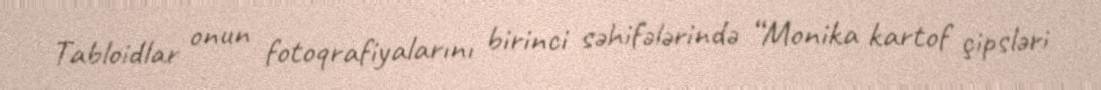
Tabloidlar onun fotoqrafiyalarını birinci səhifələrində “Monika kartof çipsləri